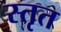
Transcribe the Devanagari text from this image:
स्तृत